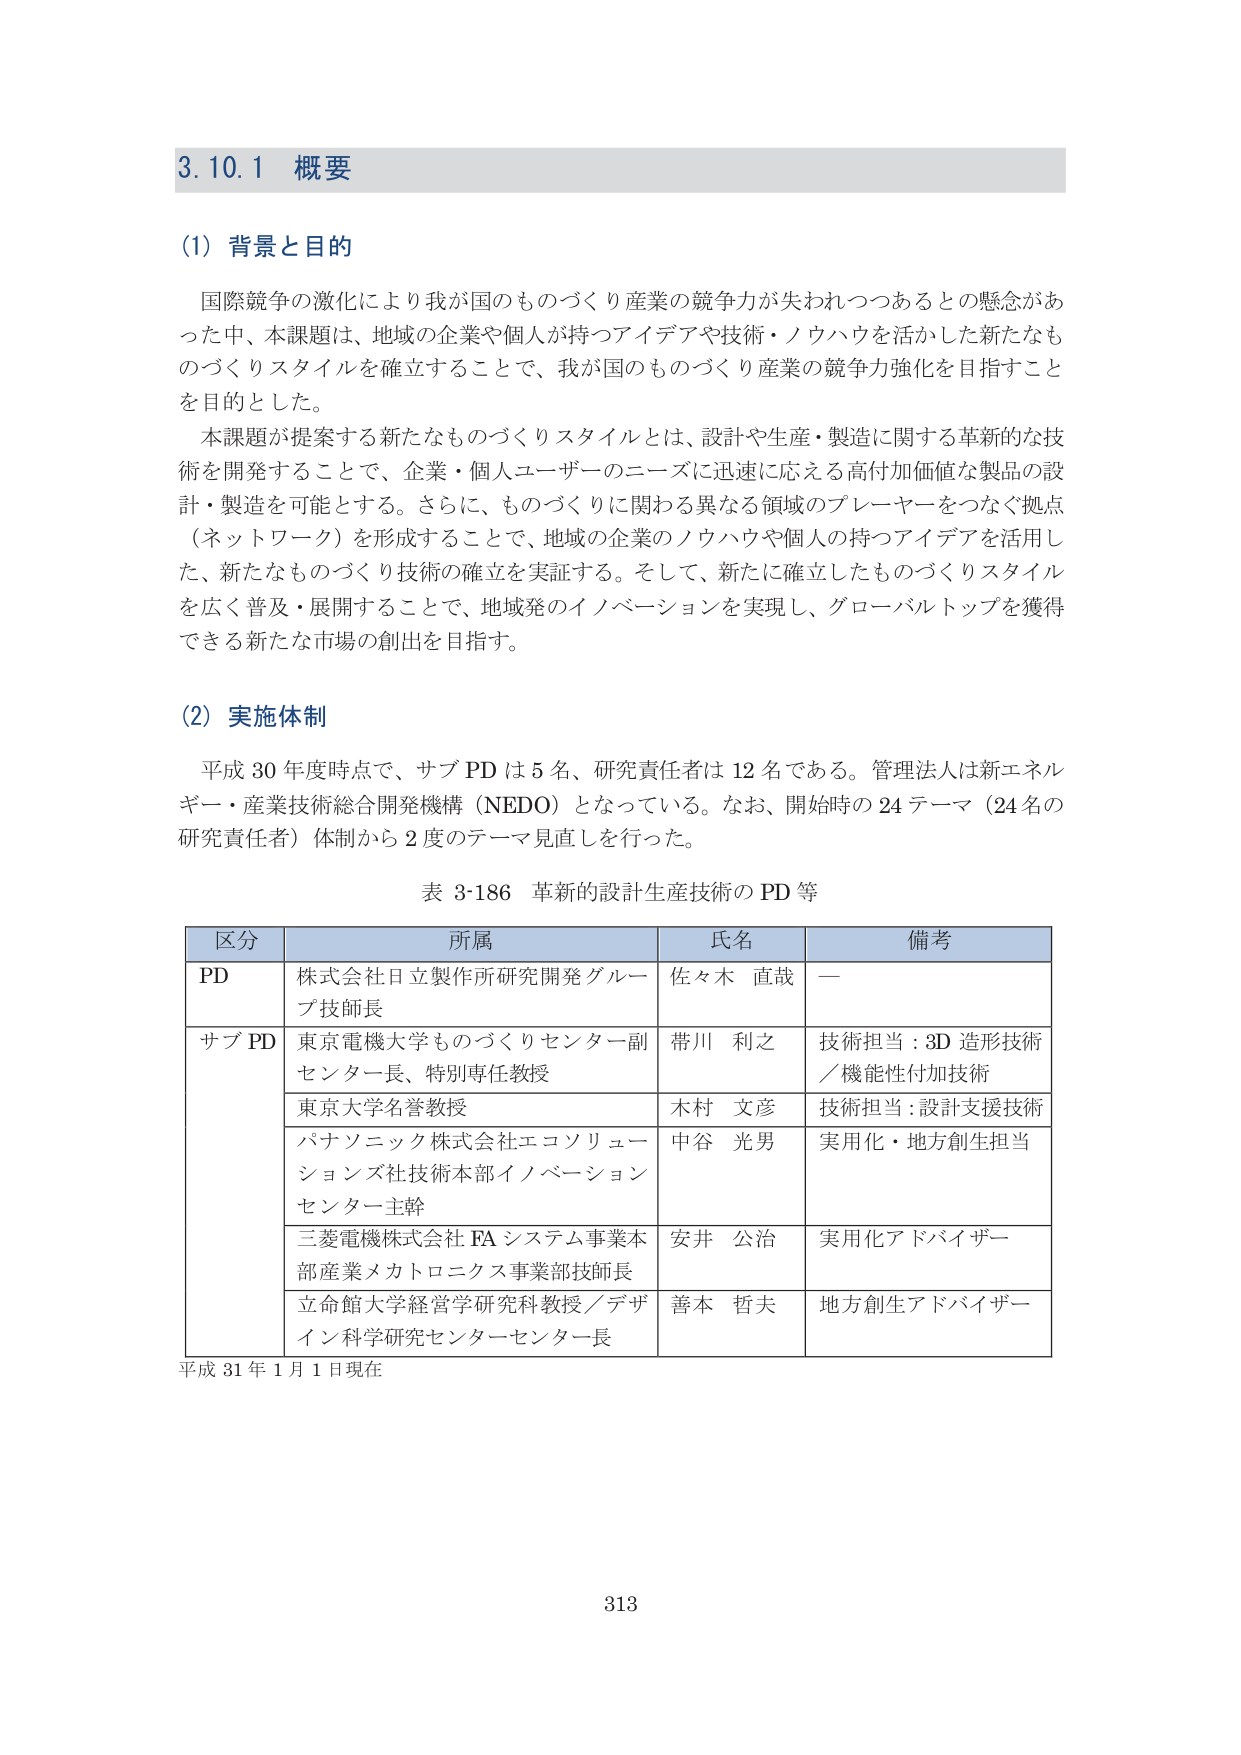
3.10.1 概要

(1) 背景と目的

国際競争の激化により我が国のも のづくり産業の競争力が失われつつあるとの懸念があ った中、本課題は、地域の企業や個人が持つアイデアや技術・ノウハウを活かした新たなも のづくりスタイルを確立することで、我が国のも のづくり産業の競争力強化を目指すこと を目的とした。

本課題が提案する新たなも のづくりスタイルとは、設計や生産・製造に関する革新的な技 術を開発することで、企業・個人ユーザーのニーズに迅速に応える高付加価値な製品の設 計・製造を可能とする。さらに、も のづくりに関わる異なる領域のプレーヤーをつなぐ拠点 （ネットワーク）を形成することで、地域の企業のノウハウや個人の持つアイデアを活用し た、新たなも のづくり技術の確立を実証する。そして、新たに確立したも のづくりスタイル を広く普及・展開することで、地域発のイノベーションを実現し、グローバルトップを獲得 できる新たな市場の創出を目指す。

(2) 実施体制

平成 30 年度時点で、サブ PD は 5 名、研究責任者は 12 名である。管理法人は新エネル ギー・産業技術総合開発機構（NEDO）となっている。なお、開始時の 24 テーマ（24 名の 研究責任者）体制から 2 度のテーマ見直しを行った。

表 3-186 革新的設計生産技術の PD 等

区分 所属 氏名 備考
PD 株式会社日立製作所研究開発グルー 佐々木 直哉 —
プ技師長
サブ PD 東京電機大学も のづくりセンター副 帯川 利之 技術担当：3D 造形技術
センター長、特別専任教授 ／機能性付加技術
東京大学名誉教授 木村 文彦 技術担当：設計支援技術
パナソニック株式会社エコソリュー 中谷 光男 実用化・地方創生担当
ションズ社技術本部イノベーション
センター主幹
三菱電機株式会社 FA システム事業本 安井 公治 実用化アドバイザー
部産業メカトロニクス事業部技師長
立命館大学経営学研究科教授／デザ 善本 哲夫 地方創生アドバイザー
イン科学研究センターセンター長

平成 31 年 1 月 1 日現在

313